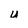
Character: U